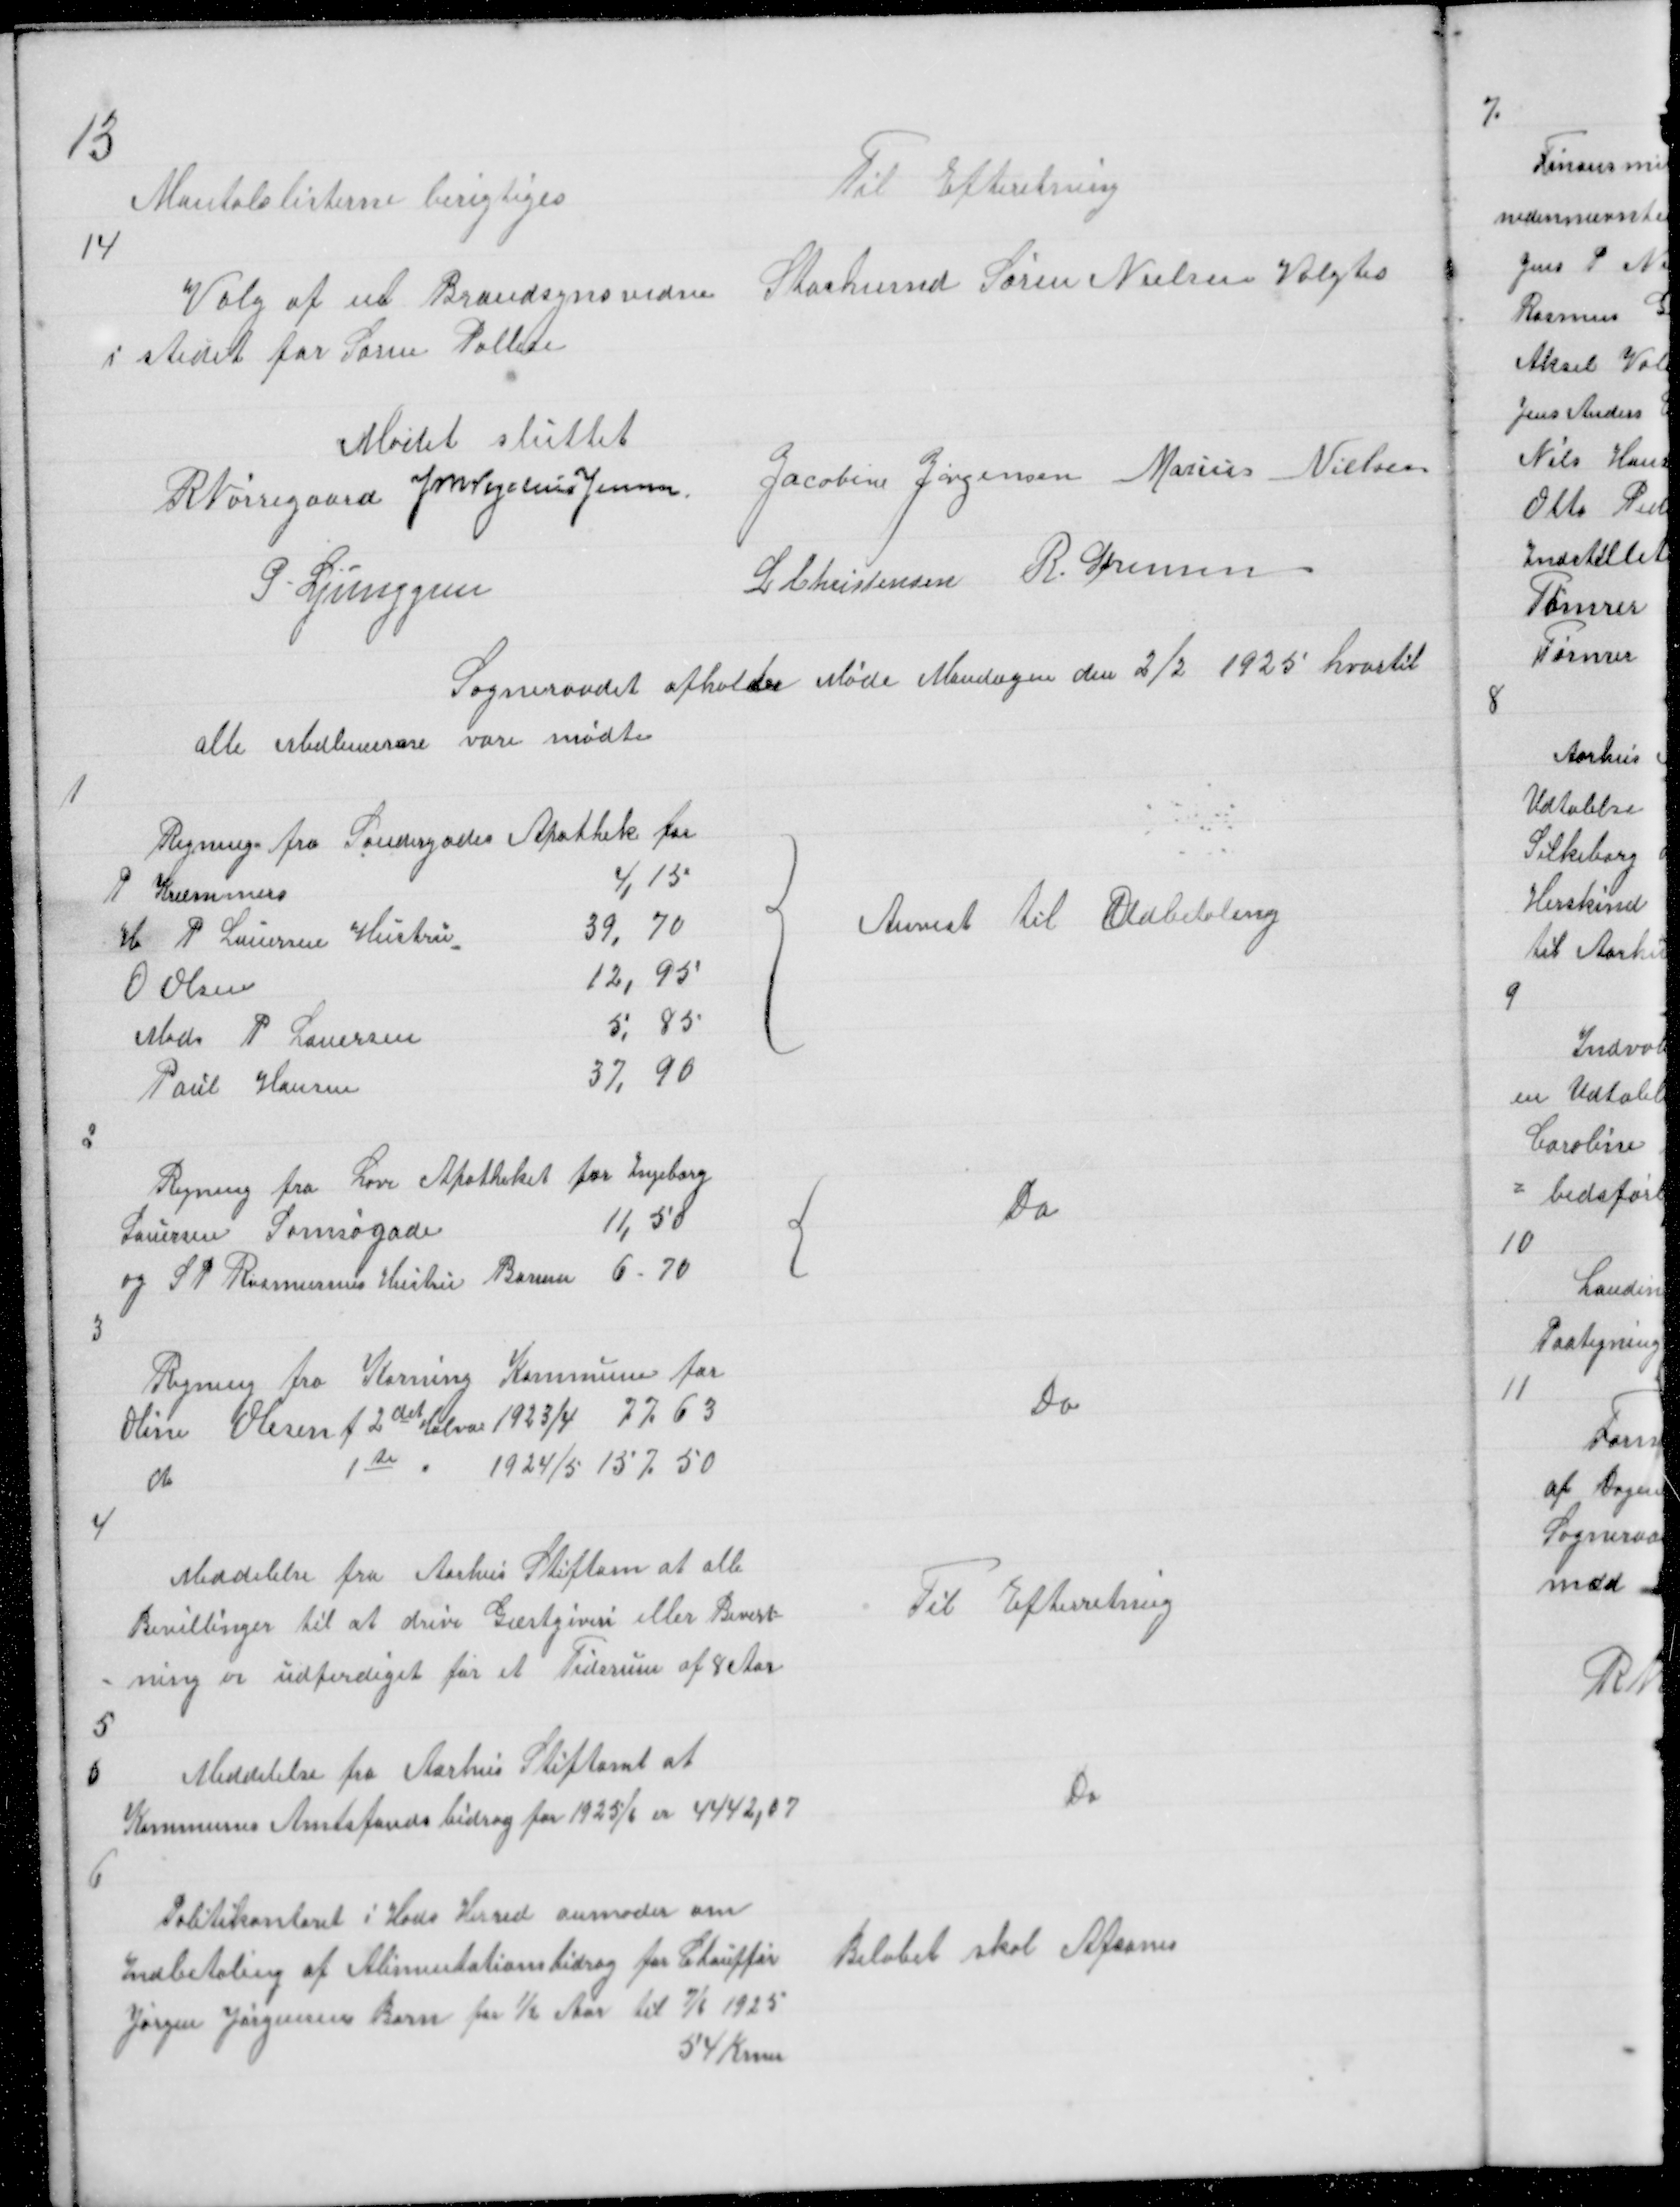
Transskription:
13

Mantalslisterne berigtiges

Til Efteretning

14

Valg af et Brandsynsvidne
i stedet for Søren Pallese

Stashusmd Søren Nielsen Valgtes

Mødet sluttet
R Nørregaard J M Vogelius Jensen
Jacobine Jørgensen Marius Nielsen
P. Ljunggren
L Christensen R. Sørensen
Sogneraadet afholder Møde Mandagen den 2/2 1925 hvortil
alle Medlemerne vare mødte

1

{

Anvist til Udbetaling

2

Regning fra Løve Apotheket for Ingeborg
Lauersen Samsøgade
11,50
og S P Rasmussens Hustru Borum 6,70

{

Do

3

Regning fra Korning Kommune for
Oline Olesen f 2det Halva 1923/4 77.63
do
1te
1924/5 157.50

Do

4

Meddelelse fra Aarhus Stiftam at alle
Bevillinger til at drive Gæstgiveri eller Bevert=
= ning er udferdiget for et Tidsrum af 8 Aar
5

Til Efterretning

6
Meddelelse fra Aarhus Stiftamt at
Kommunes Amtsfondsbidrag for 1925/6 er 4442,07
6

Do

Politikontoret i Hads Herred anmoder om
Indbetaling af Alimentationsbidrag for Chauffør
Jørgen Jørgensens Barn for ½ Aar til 7/6 1925
54 Krner

Beløbet skal Afsones